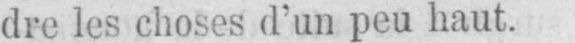
dre les choses d’un peu haut.